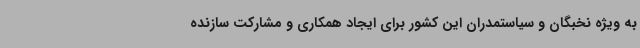
به ویژه نخبگان و سیاستمدران این کشور برای ایجاد همکاری و مشارکت سازنده